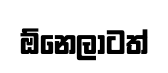
ඕනෙලාටත්